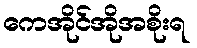
ကေအိုင်အိုအစိုးရ